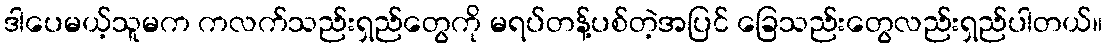
ဒါပေမယ့်သူမက ကလက်သည်းရှည်တွေကို မရပ်တန့်ပစ်တဲ့အပြင် ခြေသည်းတွေလည်းရှည်ပါတယ်။